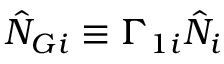
\hat { N } _ { G i } \equiv \Gamma _ { 1 i } \hat { N } _ { i }